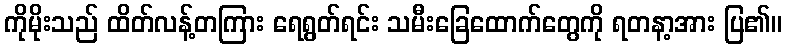
ကိုမိုးသည် ထိတ်လန့်တကြား ရေရွတ်ရင်း သမီးခြေထောက်တွေကို ရတနာ့အား ပြ၏။